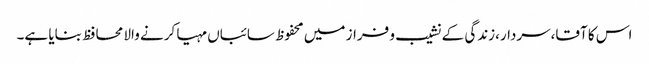
اس کا آقا،سردار،زندگی کے نشیب و فراز میں محفوظ سائباں مہیا کرنے والا محافظ بنایا ہے۔